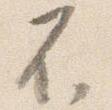
不